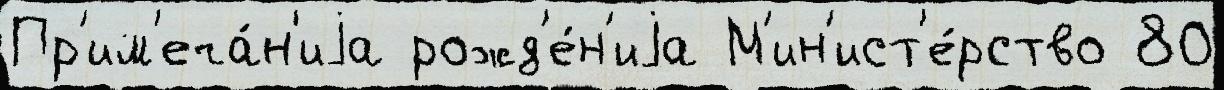
Пр'им'еча́н'иjа рожд'е́н'иjа М'ин'ист'е́рство 80